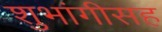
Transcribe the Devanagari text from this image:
शुभांगीसह